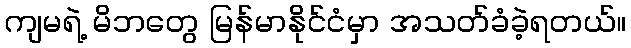
ကျမရဲ့ မိဘတွေ မြန်မာနိုင်ငံမှာ အသတ်ခံခဲ့ရတယ်။